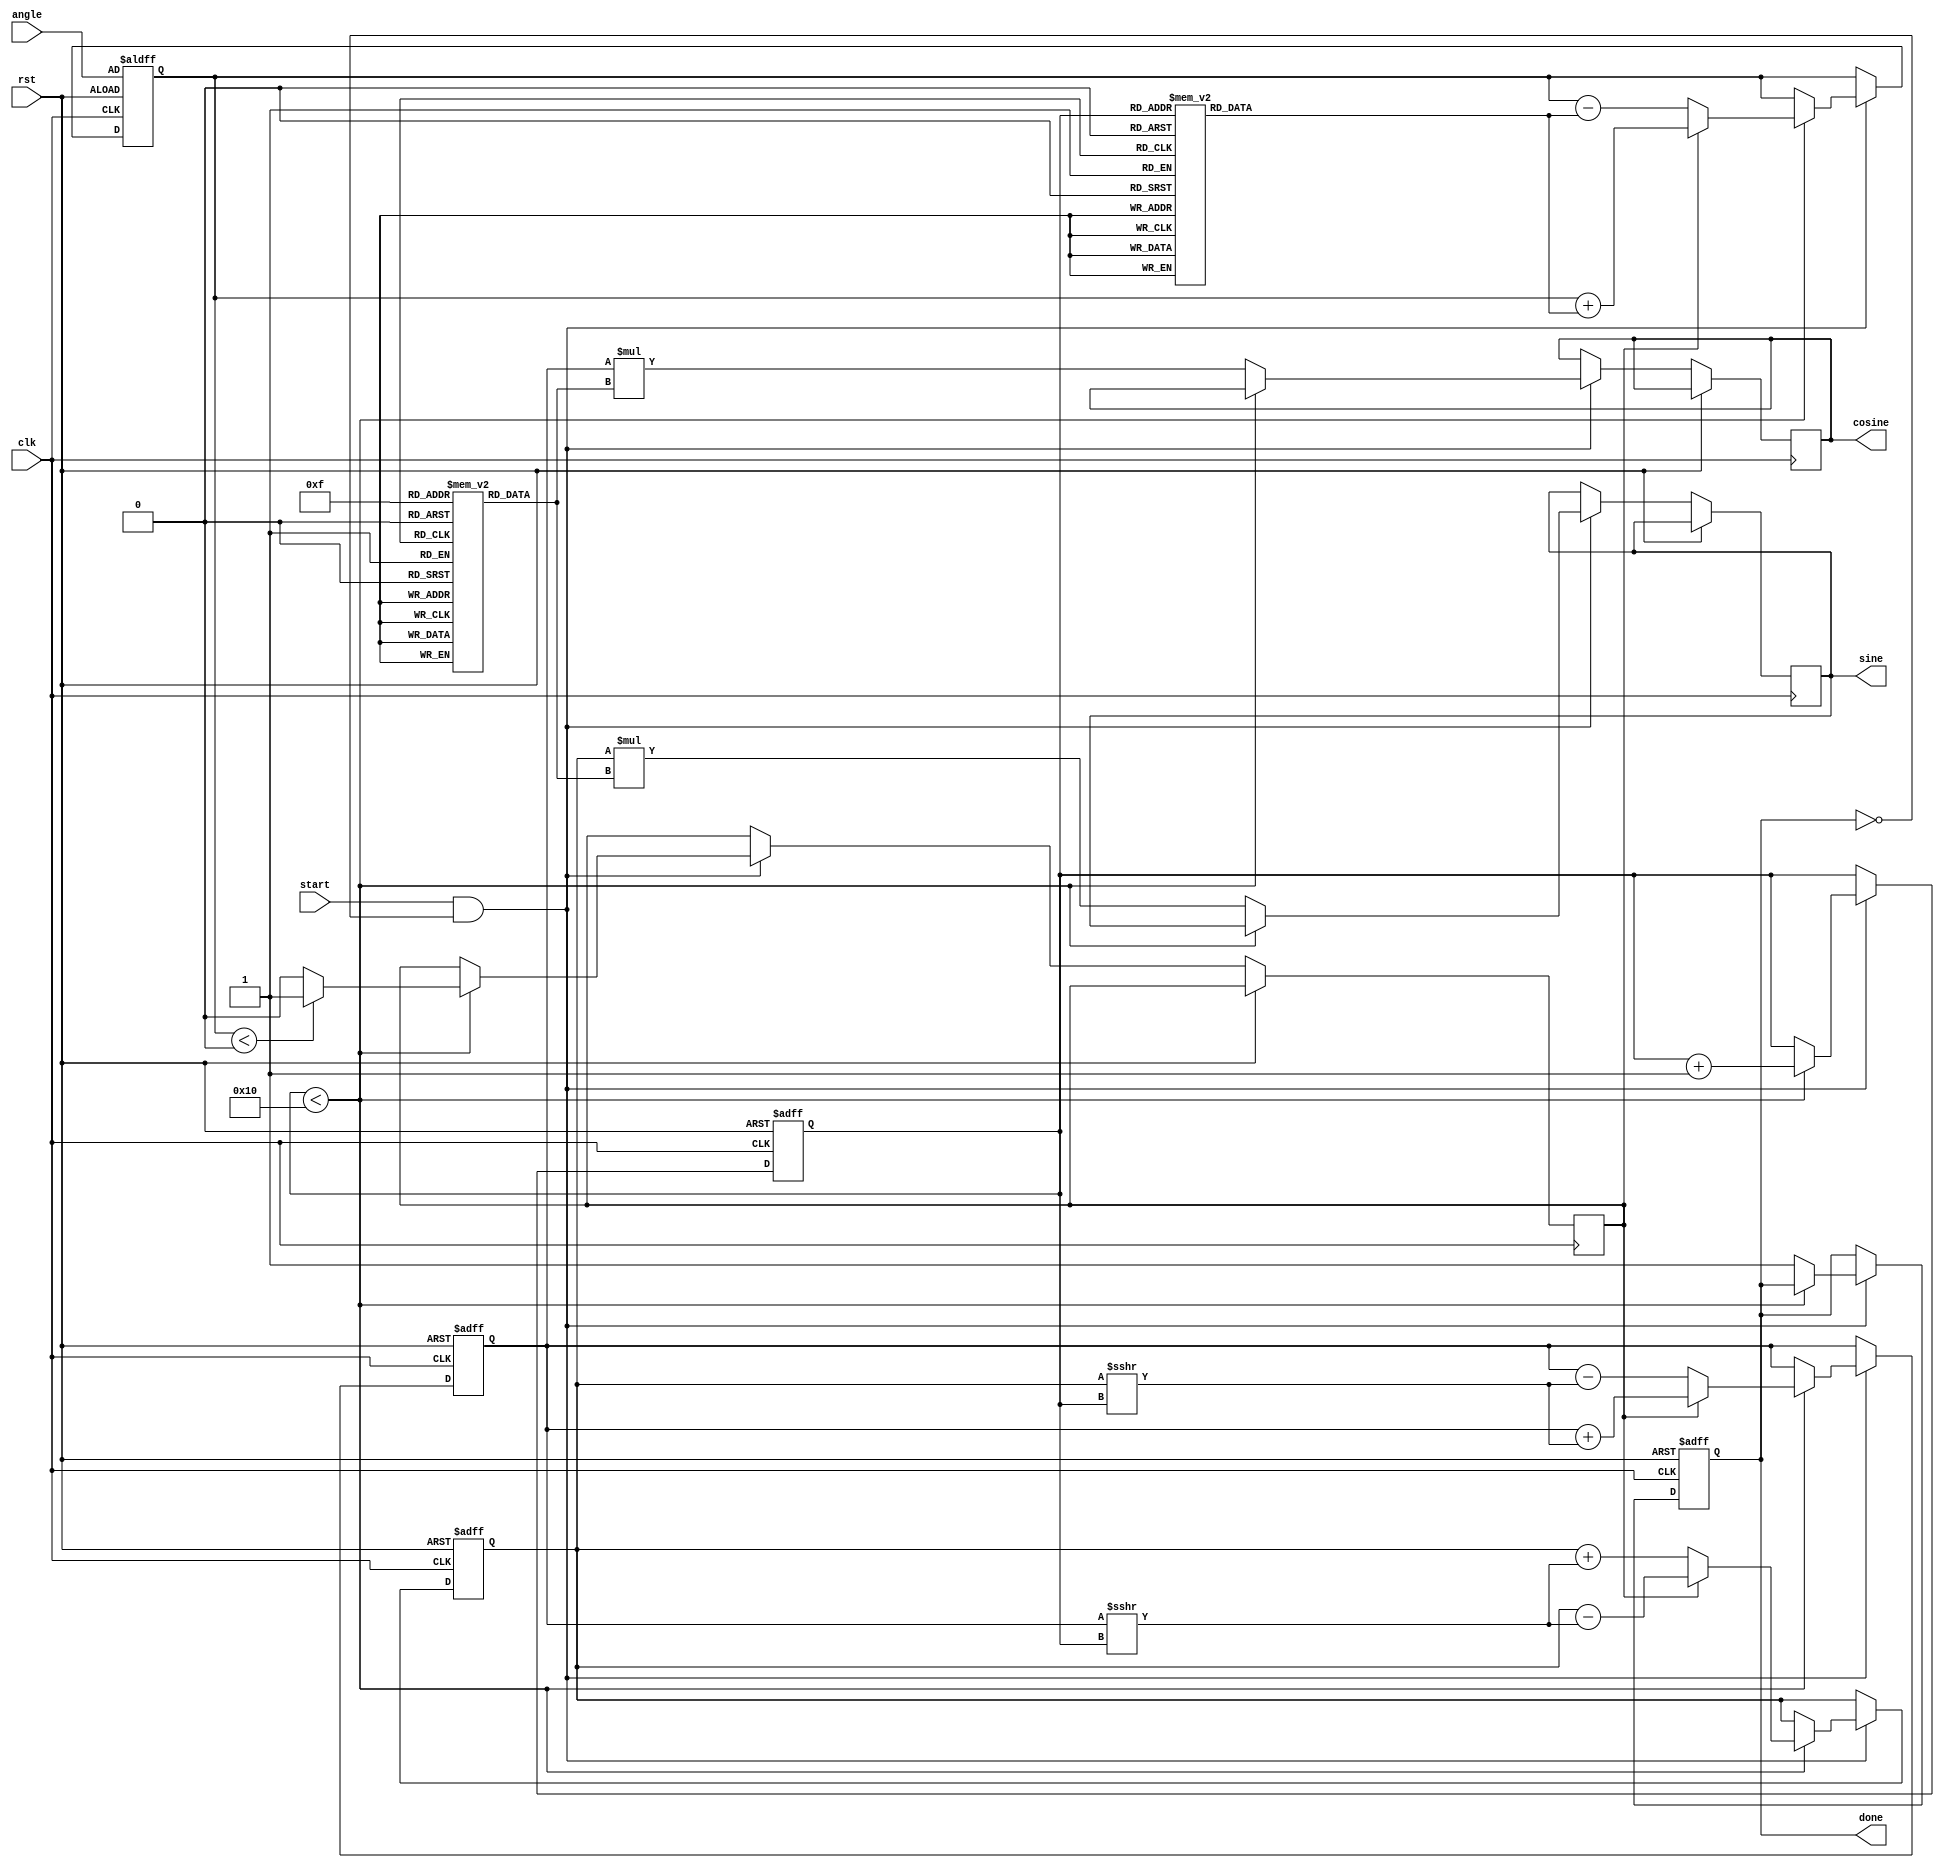
module cordic (
    input wire clk,
    input wire rst,
    input wire start,
    input wire [15:0] angle, // Input angle in fixed-point format
    output reg [15:0] sine,   // Output sine value
    output reg [15:0] cosine,  // Output cosine value
    output reg done
);

    // Parameters
    parameter NUM_ITERATIONS = 16; // Number of iterations
    parameter LUT_SIZE = 16;        // Size of the LUT

    // Lookup tables for angles and scaling factors
    reg [15:0] angle_lut [0:LUT_SIZE-1];
    reg [15:0] scale_lut [0:LUT_SIZE-1];

    // Internal registers
    reg [15:0] x, y, z; // x = cos(theta), y = sin(theta), z = angle
    reg [3:0] iteration; // Iteration counter
    reg direction; // Rotation direction

    // Initialization of LUTs
    initial begin
        // Populate angle LUT with arctangent values (in fixed-point)
        angle_lut[0] = 16'h3C90; // atan(1/2^0)
        angle_lut[1] = 16'h3C40; // atan(1/2^1)
        angle_lut[2] = 16'h3C20; // atan(1/2^2)
        angle_lut[3] = 16'h3C10; // atan(1/2^3)
        angle_lut[4] = 16'h3C08; // atan(1/2^4)
        angle_lut[5] = 16'h3C04; // atan(1/2^5)
        angle_lut[6] = 16'h3C02; // atan(1/2^6)
        angle_lut[7] = 16'h3C01; // atan(1/2^7)
        angle_lut[8] = 16'h3C00; // atan(1/2^8)
        angle_lut[9] = 16'h3C00; // atan(1/2^9)
        angle_lut[10] = 16'h3C00; // atan(1/2^10)
        angle_lut[11] = 16'h3C00; // atan(1/2^11)
        angle_lut[12] = 16'h3C00; // atan(1/2^12)
        angle_lut[13] = 16'h3C00; // atan(1/2^13)
        angle_lut[14] = 16'h3C00; // atan(1/2^14)
        angle_lut[15] = 16'h3C00; // atan(1/2^15)

        // Populate scale LUT with scaling factors
        scale_lut[0] = 16'h1; // Scaling factor for 0th iteration
        scale_lut[1] = 16'h1; // Scaling factor for 1st iteration
        scale_lut[2] = 16'h1; // Scaling factor for 2nd iteration
        scale_lut[3] = 16'h1; // Scaling factor for 3rd iteration
        scale_lut[4] = 16'h1; // Scaling factor for 4th iteration
        scale_lut[5] = 16'h1; // Scaling factor for 5th iteration
        scale_lut[6] = 16'h1; // Scaling factor for 6th iteration
        scale_lut[7] = 16'h1; // Scaling factor for 7th iteration
        scale_lut[8] = 16'h1; // Scaling factor for 8th iteration
        scale_lut[9] = 16'h1; // Scaling factor for 9th iteration
        scale_lut[10] = 16'h1; // Scaling factor for 10th iteration
        scale_lut[11] = 16'h1; // Scaling factor for 11th iteration
        scale_lut[12] = 16'h1; // Scaling factor for 12th iteration
        scale_lut[13] = 16'h1; // Scaling factor for 13th iteration
        scale_lut[14] = 16'h1; // Scaling factor for 14th iteration
        scale_lut[15] = 16'h1; // Scaling factor for 15th iteration
    end

    // Control logic
    always @(posedge clk or posedge rst) begin
        if (rst) begin
            x <= 16'h1; // Initial x = 1 (cos(0))
            y <= 16'h0; // Initial y = 0 (sin(0))
            z <= angle; // Load input angle
            iteration <= 0; // Reset iteration counter
            done <= 0; // Reset done flag
        end else if (start && !done) begin
            if (iteration < NUM_ITERATIONS) begin
                // Determine rotation direction
                direction <= (z < 0) ? 1'b1 : 1'b0;

                // Perform CORDIC rotation
                if (direction) begin
                    // Counter-clockwise rotation
                    x <= x + (y >>> iteration);
                    y <= y - (x >>> iteration);
                    z <= z + angle_lut[iteration];
                end else begin
                    // Clockwise rotation
                    x <= x - (y >>> iteration);
                    y <= y + (x >>> iteration);
                    z <= z - angle_lut[iteration];
                end

                iteration <= iteration + 1; // Increment iteration counter
            end else begin
                // Final output after iterations
                sine <= y * scale_lut[NUM_ITERATIONS-1]; // Scale sine
                cosine <= x * scale_lut[NUM_ITERATIONS-1]; // Scale cosine
                done <= 1; // Set done flag
            end
        end
    end
endmodule